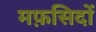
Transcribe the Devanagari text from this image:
मफ़सिदों